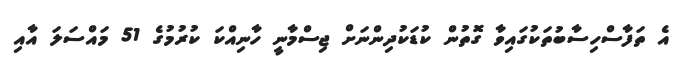
އެ ތަފާސްހިސާބުތަކުގައިވާ ގޮތުން ކުޑަކުދިންނަށް ޖިސްމާނީ ހާނިއްކަ ކުރުމުގެ 51 މައްސަލަ އާއި